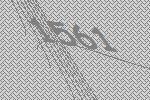
1561